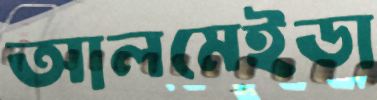
আলমেইডা